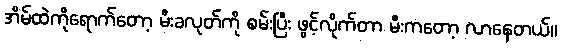
အိမ်ထဲကိုရောက်တော့ မီးခလုတ်ကို စမ်းပြီး ဖွင့်လိုက်တာ မီးကတော့ လာနေတယ်။